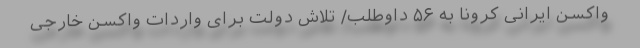
واکسن ایرانی کرونا به ۵۶ داوطلب/ تلاش دولت برای واردات واکسن خارجی